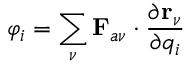
\varphi _ { i } = \sum _ { \nu } \mathbf { F } _ { a \nu } \cdot \frac { \partial \mathbf { r } _ { \nu } } { \partial q _ { i } }